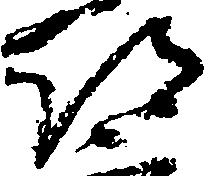
都